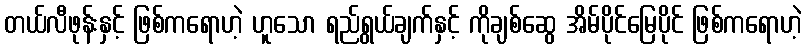
တယ်လီဖုန်းနှင့် ဖြစ်ကရောဟဲ့ ဟူသော ရည်ရွယ်ချက်နှင့် ကိုချစ်ဆွေ အိမ်ပိုင်မြေပိုင် ဖြစ်ကရောဟဲ့